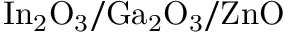
\mathrm { I n _ { 2 } O _ { 3 } / G a _ { 2 } O _ { 3 } / Z n O }